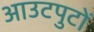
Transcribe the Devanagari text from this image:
आउटपुटों